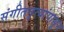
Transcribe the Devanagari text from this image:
संगीतनृत्यांपासून